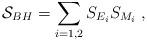
LaTeX: \begin{align*}{\cal S}_{BH}=\sum_{i=1,2}S_{E_i}S_{M_i} \; , \end{align*}